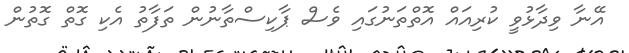
އޭނާ ވިދާޅުވީ ކުރިއައް އޮތްތަނުގައި ވެސް ޕާކިސްތާނުން ތަފާތު އެކި ގޮތް ގޮތުން